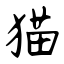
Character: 猫